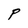
Character: P